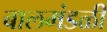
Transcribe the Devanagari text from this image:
बालमंडळी